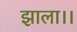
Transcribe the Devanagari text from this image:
झाला।।